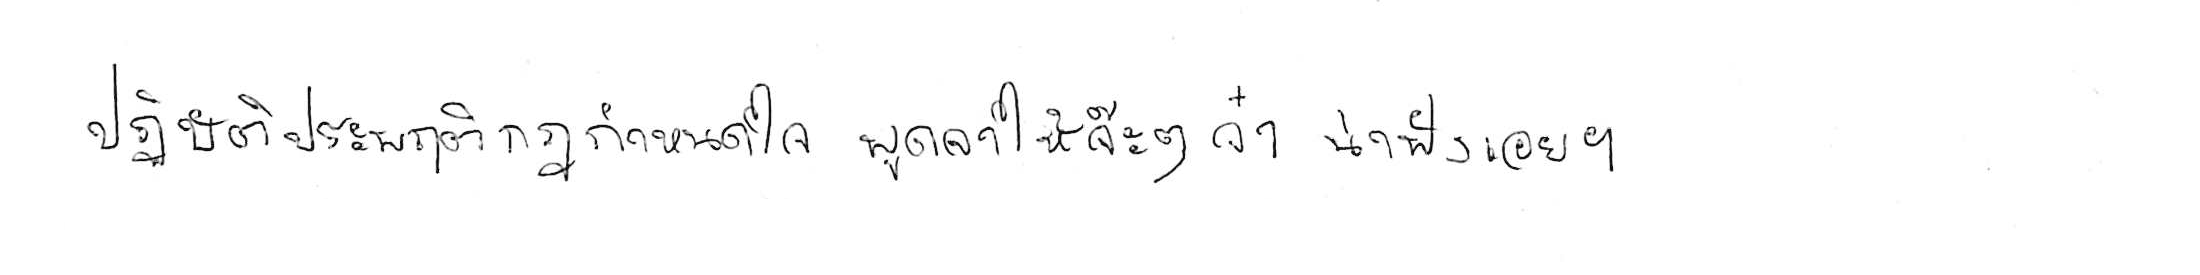
ปฏิบัติประพฤติกฎกำหนดใจ พูดจาให้จ๊ะๆ จ๋า น่าฟังเอยฯ